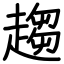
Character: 趨